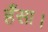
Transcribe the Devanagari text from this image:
हँसा।